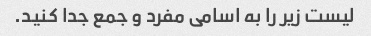
لیست زیر را به اسامی مفرد و جمع جدا کنید.